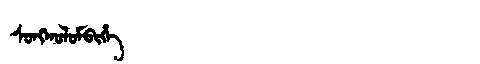
Manchu: ᠰᠣᠩᡴᠣᠯᠣᠮᠪᡳᡥᡝ
Romanization: SONGKOLOMBIHE